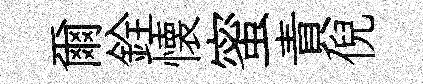
爾銓懐蜜責倪